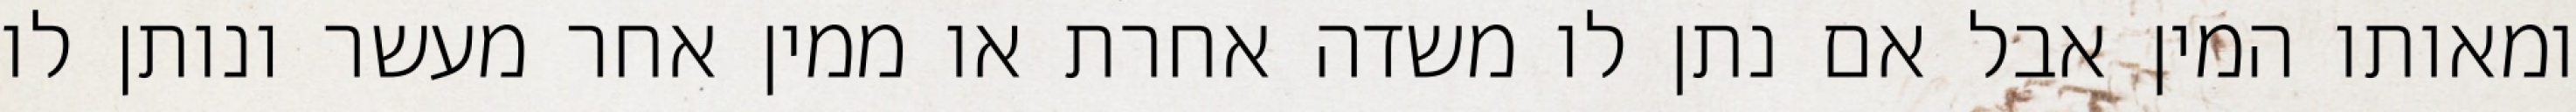
ומאותו המין אבל אם נתן לו משדה אחרת או ממין אחר מעשר ונותן לו